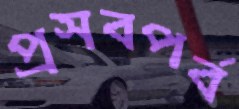
প্রসবপর্ব